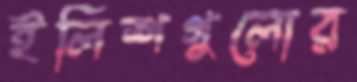
ইলিশগুলোর